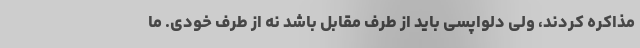
مذاکره کردند، ولی دلواپسی باید از طرف مقابل باشد نه از طرف خودی. ما